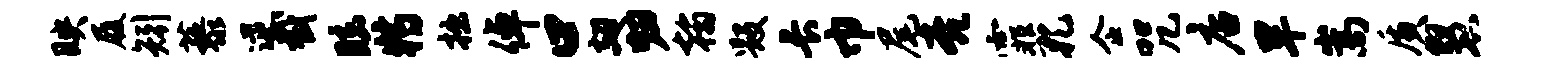
映履矧藜逆截眩特拙倬口翅归翰毁长巾尾亮霏孔企咒店旱嵩质慧